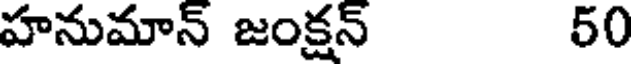
హనుమాన్ జంక్షన్ 50